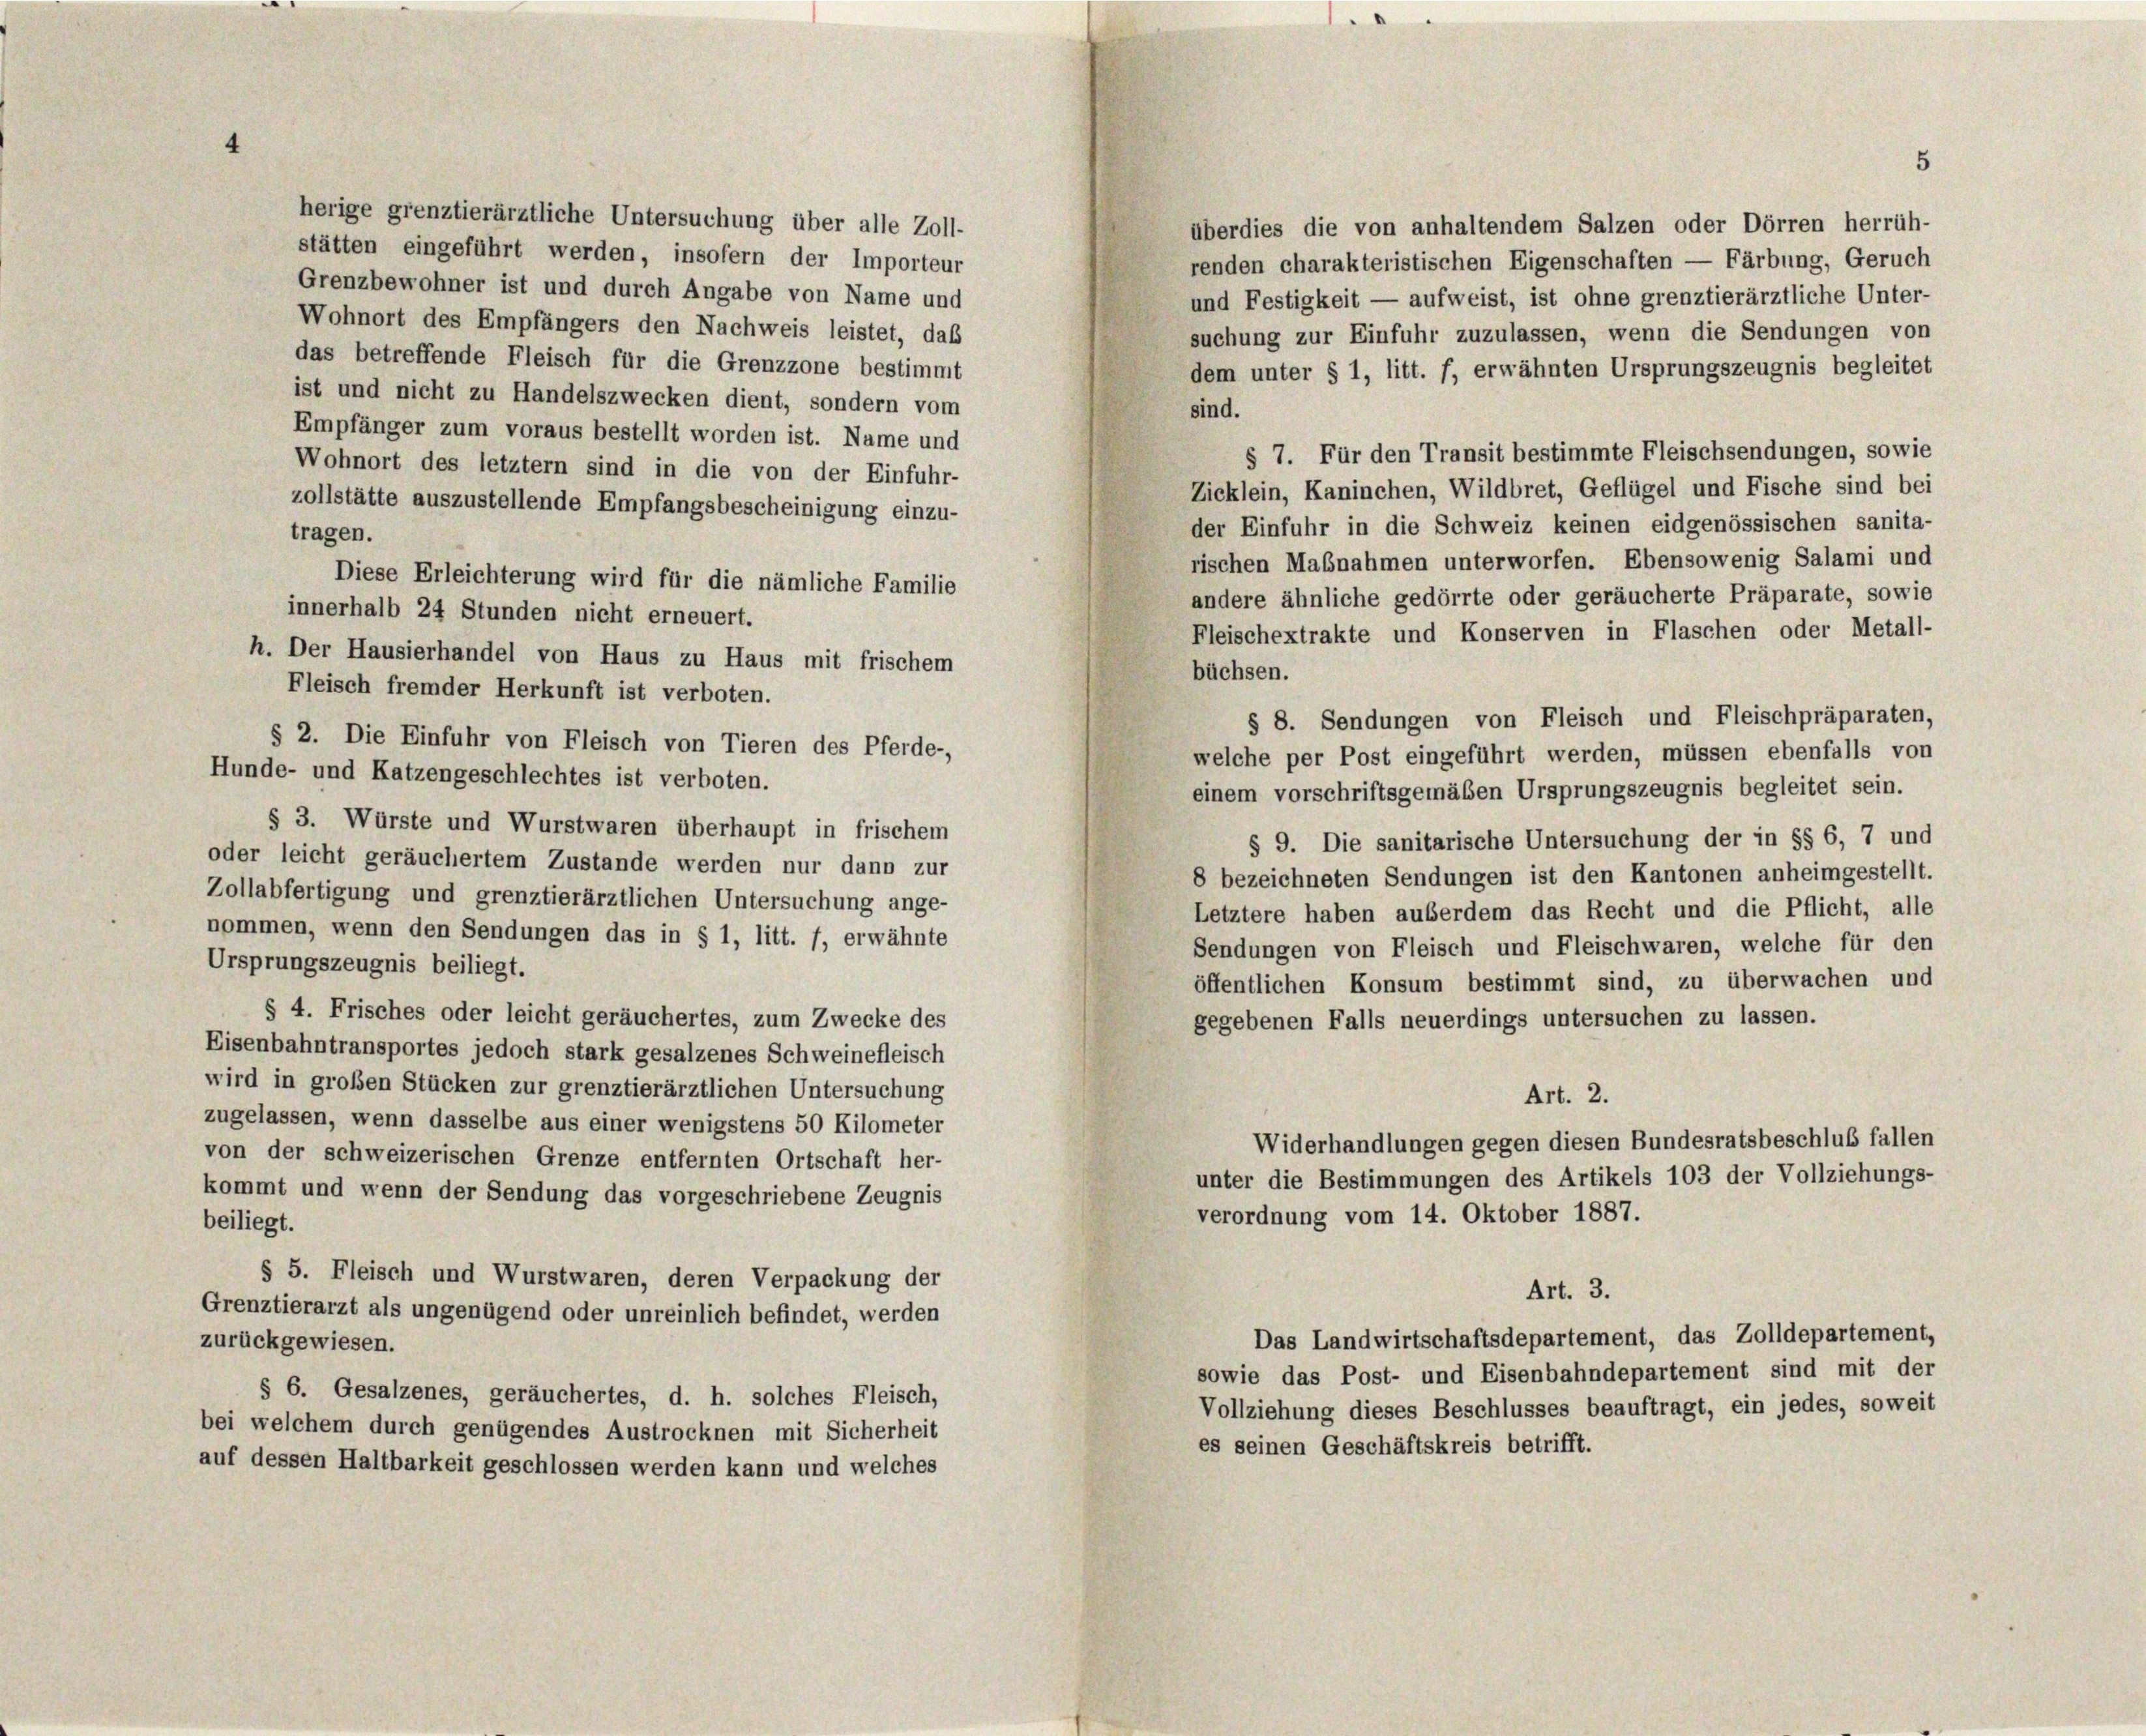
4

herige grenztierärztliche Untersuchung über alle Zoll-
stätten eingeführt werden, insofern der Importeur
Grenzbewohner ist und durch Angabe von Name und
Wohnort des Empfängers den Nachweis leistet, das
das betreffende Fleisch für die Grenzzone bestimmt

überdies die von anhaltendem Salzen oder Dörren herrüh-
renden charakteristischen Eigenschaften — Färbung, Geruch
und Festigkeit — aufweist, ist ohne grenztierärztliche Unter-
suchung zur Einfuhr zuzulassen, wenn die Sendungen von
dem unter § 1, litt. f, erwähnten Ursprungszeugnis begleitet
ist und nicht zu Handelszwecken dient, sondern vom
sind.
Empfänger zum voraus bestellt worden ist. Name und
§ 7. Für den Transit bestimmte Fleischsendungen, sowie
Wohnort des letztem sind in die von der Einfuhr-
Zicklein, Kaninchen, Wildbret, Geflügel und Fische sind bei
zollstätte auszustellende Empfangsbescheinigung einzu-
der Einfuhr in die Schweiz keinen eidgenössischen sanita-
tragen.
rischen Maßnahmen unterworfen. Ebensowenig Salami und
Diese Erleichterung wird für die nämliche Familie
andere ähnliche gedörrte oder geräucherte Präparate, sowie
innerhalb 24 Stunden nicht erneuert.
Fleischextrakte und Konserven in Flaschen oder Metall-
h. Der Hausierhandel von Haus zu Haus mit frischem
büchsen.
Fleisch fremder Herkunft ist verboten.
§ 8. Sendungen von Fleisch und Fleischpräparaten,
§ 2. Die Einfuhr von Fleisch von Tieren des Pferde-,
welche per Post eingeführt werden, müssen ebenfalls von
Hunde- und Katzengeschlechtes ist verboten.
einem vorschriftsgemäßen Ursprungszeugnis begleitet sein.
§ 3. Würste und Wurstwaren überhaupt in frischem
§ 9. Die sanitarische Untersuchung der in §§ 6, 7 und
oder leicht geräuchertem Zustande werden nur dann zur
8 bezeichneten Sendungen ist den Kantonen anheimgestellt.
Zollabfertigung und grenztierärztlichen Untersuchung ange-
Letztere haben außerdem das Recht und die Pflicht, alle
nommen, wenn den Sendungen das in § 1, litt. f, erwähnte
Sendungen von Fleisch und Fleischwaren, welche für den
Ursprungszeugnis beiliegt.
öffentlichen Konsum bestimmt sind, zu überwachen und
§ 4. Frisches oder leicht geräuchertes, zum Zwecke des
gegebenen Falls neuerdings untersuchen zu lassen.
Eisenbahntransportes jedoch stark gesalzenes Schweinefleisch
wird in großen Stücken zur grenztierärztlichen Untersuchung
Art. 2.
zugelassen, wenn dasselbe aus einer wenigstens 50 Kilometer
Widerhandlungen gegen diesen Bundesratsbeschluß fallen
von der schweizerischen Grenze entfernten Ortschaft her-
unter die Bestimmungen des Artikels 103 der Vollziehungs-
kommt und wenn der Sendung das vorgeschriebene Zeugnis
verordnung vom 14. Oktober 1887.
beiliegt.
§ 5. Fleisch und Wurstwaren, deren Verpackung der
Art. 3.
Grenztierarzt als ungenügend oder unreinlich befindet, werden
Das Landwirtschaftsdepartement, das Zolldepartement,
zurückgewiesen.
sowie das Post- und Eisenbahndepartement sind mit der
§ 6. Gesalzenes, geräuchertes, d. h. solches Fleisch,
Vollziehung dieses Beschlusses beauftragt, ein jedes, soweit
bei welchem durch genügendes Austrocknen mit Sicherheit
es seinen Geschäftskreis betrifft.
auf dessen Haltbarkeit geschlossen werden kann und welches